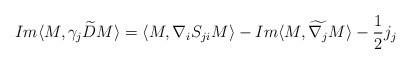
\begin{align*}Im\langle M, \gamma_{j} \widetilde{D} M\rangle=\langle M, \nabla_{i}S_{ji}M\rangle-Im\langle M, \widetilde{\nabla_{j}}M\rangle-\frac{1}{2}j_{j}\end{align*}